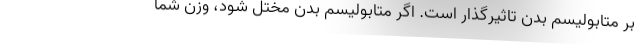
بر متابولیسم بدن تاثیرگذار است. اگر متابولیسم بدن مختل شود، وزن شما